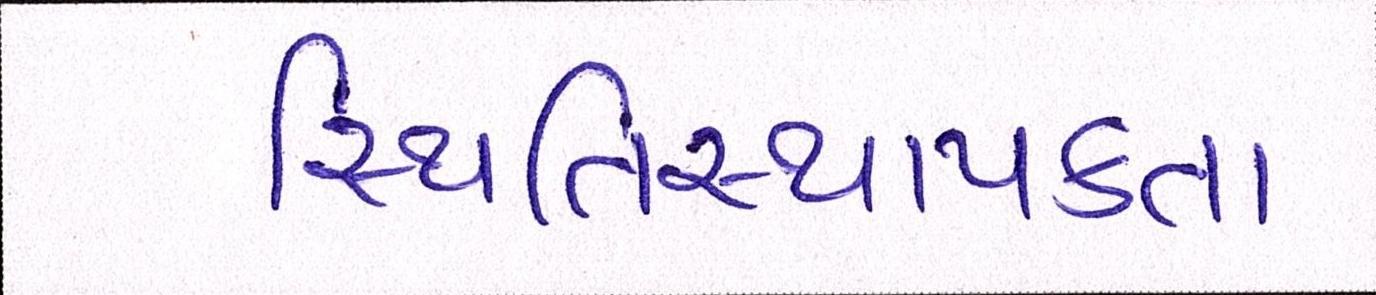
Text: સ્થિતિસ્થાપકતા